Insane asylums in Bengal annual reports 1876-1887 - 1876-1887
Year: 1876
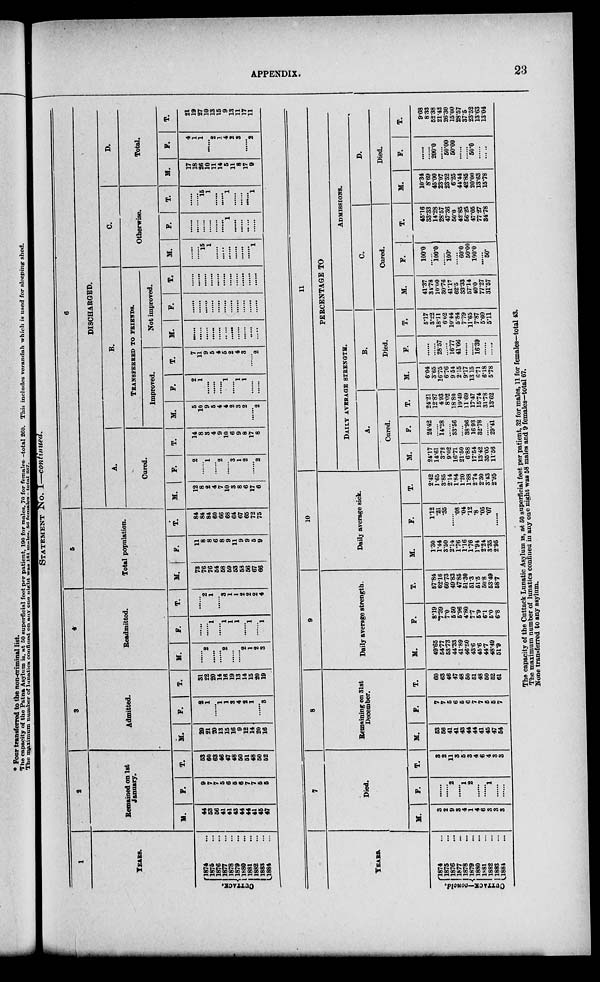
APPENDIX.
23
STATEMENT NO. I—continued.
1
YEARS.
CUTTACK.
1874 ...
1875 ...
1876 ...
1877 ...
1878 ...
1879 ...
1880 ...
1881 ...
1882 ...
1883 ...
1884 ...
9
Remained on 1st
January.
M.
44
53
56
41
41
43
44
44
41
45
47
P.
9
7
7
5
6
5
6
7
7
5
5
T.
53
60
68
46
47
48
50
51
48
50
52
3
Admitted.
M.
29
21
20
13
15
16
9
12
14
20
16
F.
2
1
......
1
1
3
4
2
1
......
3
T.
31
22
20
14
16
19
13
14
16
20
19
4r
Readmitted.
M.
......
2
......
......
2
......
......
2
1
2
3
F.
......
......
1
......
1
1
1
......
1
......
1
T.
......
2
1
......
3
1
1
2
2
2
4
6
Total population.
M.
73
76
76
54
58
59
53
53
56
67
66
F.
11
8
8
6
8
9
11
9
9
6
9
T.
84
84
84
60
66
68
64
67
65
72
75
6
DISCHARGED.
A.
Cured.
M.
12
8
2
4
7
10
3
8
6
17
6
F.
2
......
1
......
2
......
3
1
2
......
2
T.
14
8
3
4
9
10
6
9
8
17
8
B.
TRANSFERRED TO FRIENDS.
Improved.
M.
5
10
9
6
4
4
2
3
2
......
2
F.
2
1
......
......
......
1
......
1
1
......
T.
7
11
9
5
4
6
2
4
3
......
2
Not improved.
M.
......
......
......
......
......
......
......
......
......
......
F.
......
......
......
......
......
......
......
......
......
......
T.
......
......
......
......
......
......
......
......
......
......
......
C.
Otherwise.
M.
......
......
15
1
......
......
......
......
......
......
1
F.
......
......
......
......
......
......
1
......
......
......
......
T.
......
......
15
1
......
......
1
......
......
......
1
D.
Total.
M.
17
18
26
10
11
14
5
11
8
17
9
F.
4
1
1
......
2
1
4
2
3
......
2
T.
21
19
27
10
13
15
9
13
11
17
11
YEARS.
CUTTACK-concld.
1874 ...
1875 ...
1876 ...
1877 ...
1878 ...
1879 ...
1880 ...
1881 ...
1882 ...
1883 ...
1884 ...
7
Died.
M.
3
2
9
3
4
1
4
6
3
3
3
F.
......
......
2
......
1
2
......
......
1
......
......
T.
3
2
11
3
5
3
4
6
4
3
3
8
Remaining on 31st
December.
M.
53
56
41
41
43
44
44
41
45
47
54
F.
7
7
5
6
5
6
7
7
5
5
7
T.
60
63
46
47
48
50
51
48
50
52
61
9
Daily average strength.
M.
49.65
54.77
53.73
44.33
41.89
46.50
43.6
45.6
44.7
48.49
51.9
F.
8.19
7.39
7.0
5.50
5.96
4.80
7.7
5.9
6.1
5.0
6.8
T.
57.84
62.16
60.73
49.83
47.85
51.30
51.3
51.5
50.8
53.49
58.7
10
Daily average sick.
H.
1.30
1.44
3.50
2.14
1.76
1.16
1.76
1.94
2.24
3.35
2.95
F.
1.12
.21
.35
......
.08
.04
12
.8
.05
.07
......
T.
2.42
1.65
3.85
2.14
1.84
1.20
1.88
2.74
2.30
3.43
2.95
11
PERCENTAGE TO
DAILY AVERAGE
STBSNGTH.
A.
Cored.
M.
24.17
14.61
8.72
9.02
16.71
21.50
6.88
17.54
13.42
35.05
11.56
F.
24.42
......
14.28
......
33.56
......
38.96
1693
32.78
......
29.41
T.
24.21
12.87
4.93
8.02
18.80
19.49
11.69
1747
15.74
31.78
13.62
B.
Died.
M.
6.04
3.65
16.75
6.76
9.54
2.15
9.17
13.15
6.71
6.18
5.78
F.
......
......
28.57
16.77
41.66
......
......
16.39
......
......
T.
5.17
3.22
18.11
6.02
10.44
5.84
7.79
11.65
7.87
5.60
5.11
ADMISSlONS.
C.
Cured.
M.
41.37
34.78
10.00
30.76
41.17
62.5
33.33
57.14
40.0
77.27
31.57
F.
100.0
......
100.0
......
100.
......
60.0
50.00
100.0
......
50.
T.
45.16
33.33
14.28
28.57
47.36
50.0
42.85
56.25
47.05
77.27
34.78
D.
Died.
H.
10.34
8.69
45.00
23.07
23.52
6.25
44.44
42.85
20.00
13.63
15.78
F.
.....
200.0
......
50.00
50.00
......
......
50.0
......
......
T.
9.68
8.33
52.38
21.43
26.30
15.00
28.57
37.5
23.52
13.63
13.04
The capacity of the Cuttack Lunatic Asylum is, at 50 superficial feet per patient, 32 for males, 11 for females—total 43.
The maximum number of lunatics confined in any one night was 58 males and 9 females—total 67.
None transferred to any asylum.